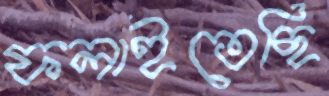
ফলাইতেছি